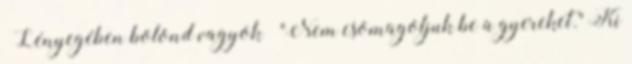
„Lényegében bolond vagyok” "Nem csomagoljuk be a gyereket." Ki